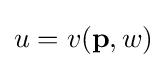
u=v(\mathbf {p} ,w)